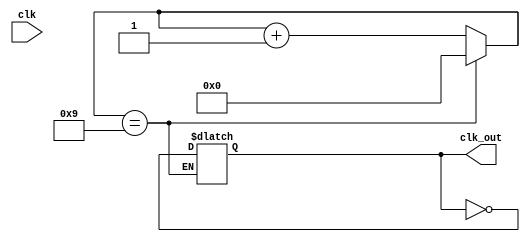

module freqDiv_20(clk, clk_out);
   input     clk;
   output    clk_out;
   
   reg [3:0] tmp;
   reg       clktmp;
   
   always @(  clk)
      
      begin
         if (tmp == 9)
         begin
            tmp <= 0;
            clktmp <= (~clktmp);
         end
         else
            tmp <= tmp + 1;
      end
   assign clk_out = clktmp;
   
endmodule